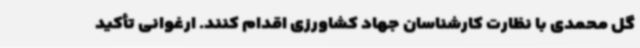
گل محمدی با نظارت کارشناسان جهاد کشاورزی اقدام کنند. ارغوانی تأکید